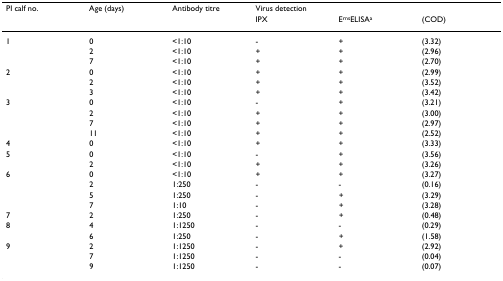
<table><thead><tr><td><b>PI calf no.</b></td><td><b>Age (days)</b></td><td><b>Antibody titre</b></td><td><b>Virus detection</b></td><td>[EMPTY_CELL]</td><td>[EMPTY_CELL]</td></tr><tr><td>[EMPTY_CELL]</td><td>[EMPTY_CELL]</td><td>[EMPTY_CELL]</td><td><b>IPX</b></td><td><b>E<sup>rns</sup>ELISA<sup>a</sup></b></td><td><b>(COD)</b></td></tr></thead><tbody><tr><td>1</td><td>0</td><td>&lt;1:10</td><td>-</td><td>+</td><td>(3.32)</td></tr><tr><td>[EMPTY_CELL]</td><td>2</td><td>&lt;1:10</td><td>+</td><td>+</td><td>(2.96)</td></tr><tr><td>[EMPTY_CELL]</td><td>7</td><td>&lt;1:10</td><td>+</td><td>+</td><td>(2.70)</td></tr><tr><td>2</td><td>0</td><td>&lt;1:10</td><td>+</td><td>+</td><td>(2.99)</td></tr><tr><td>[EMPTY_CELL]</td><td>2</td><td>&lt;1:10</td><td>+</td><td>+</td><td>(3.52)</td></tr><tr><td>[EMPTY_CELL]</td><td>3</td><td>&lt;1:10</td><td>+</td><td>+</td><td>(3.42)</td></tr><tr><td>3</td><td>0</td><td>&lt;1:10</td><td>-</td><td>+</td><td>(3.21)</td></tr><tr><td>[EMPTY_CELL]</td><td>2</td><td>&lt;1:10</td><td>+</td><td>+</td><td>(3.00)</td></tr><tr><td>[EMPTY_CELL]</td><td>7</td><td>&lt;1:10</td><td>+</td><td>+</td><td>(2.97)</td></tr><tr><td>[EMPTY_CELL]</td><td>11</td><td>&lt;1:10</td><td>+</td><td>+</td><td>(2.52)</td></tr><tr><td>4</td><td>0</td><td>&lt;1:10</td><td>+</td><td>+</td><td>(3.33)</td></tr><tr><td>5</td><td>0</td><td>&lt;1:10</td><td>-</td><td>+</td><td>(3.56)</td></tr><tr><td>[EMPTY_CELL]</td><td>2</td><td>&lt;1:10</td><td>+</td><td>+</td><td>(3.26)</td></tr><tr><td>6</td><td>0</td><td>&lt;1:10</td><td>+</td><td>+</td><td>(3.27)</td></tr><tr><td>[EMPTY_CELL]</td><td>2</td><td>1:250</td><td>-</td><td>-</td><td>(0.16)</td></tr><tr><td>[EMPTY_CELL]</td><td>5</td><td>1:250</td><td>-</td><td>+</td><td>(3.29)</td></tr><tr><td>[EMPTY_CELL]</td><td>7</td><td>1:10</td><td>-</td><td>+</td><td>(3.28)</td></tr><tr><td>7</td><td>2</td><td>1:250</td><td>-</td><td>+</td><td>(0.48)</td></tr><tr><td>8</td><td>4</td><td>1:1250</td><td>-</td><td>-</td><td>(0.29)</td></tr><tr><td>[EMPTY_CELL]</td><td>6</td><td>1:250</td><td>-</td><td>+</td><td>(1.58)</td></tr><tr><td>9</td><td>2</td><td>1:1250</td><td>-</td><td>+</td><td>(2.92)</td></tr><tr><td>[EMPTY_CELL]</td><td>7</td><td>1:1250</td><td>-</td><td>-</td><td>(0.04)</td></tr><tr><td>[EMPTY_CELL]</td><td>9</td><td>1:1250</td><td>-</td><td>-</td><td>(0.07)</td></tr></tbody></table>